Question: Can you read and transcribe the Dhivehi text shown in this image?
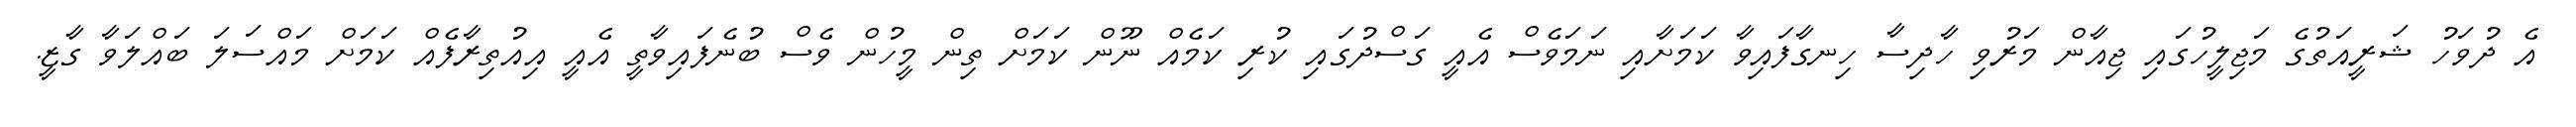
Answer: އެ ދުވަހު ޝަރީއަތުގެ މަޖިލީހުގައި ޖިއާން މަރުވި ހާދިސާ ހިނގާފައިވާ ކަމަށާއި ނަމަވެސް އެއީ ގަސްދުގައި ކުރި ކަމެއް ނޫން ކަމަށް ތިން މީހުން ވެސް ބުނެފައިވާތީ އެއީ އިއުތިރާފެއް ކަމަށް މައްސަލަ ބައްލަވާ ގާޒީ.